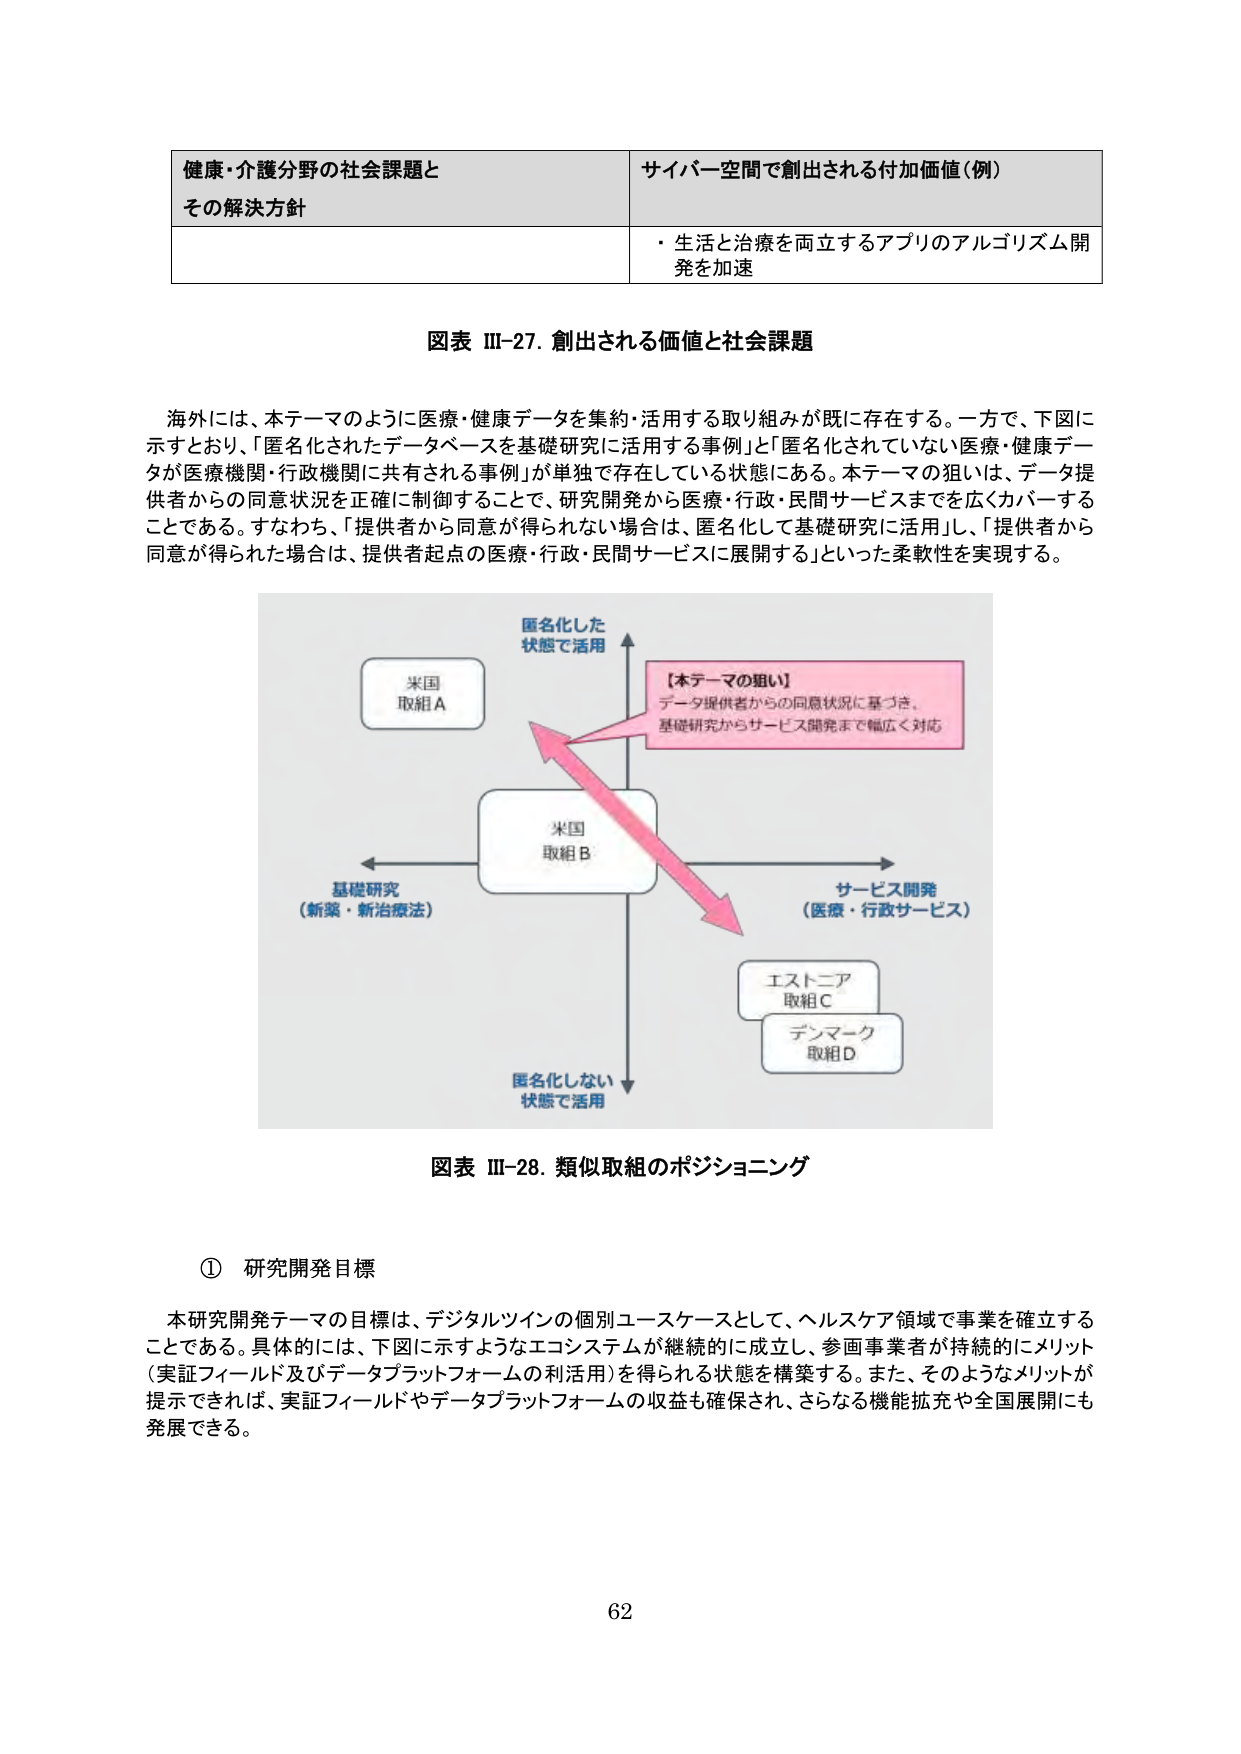
健康・介護分野の社会課題と
その解決方針

サイバー空間で創出される付加価値（例）
・生活と治療を両立するアプリのアルゴリズム開発を加速

図表 III-27. 創出される価値と社会課題

海外には、本テーマのように医療・健康データを集約・活用する取り組みが既に存在する。一方で、下図に示すとおり、「匿名化されたデータベースを基礎研究に活用する事例」と「匿名化されていない医療・健康データが医療機関・行政機関に共有される事例」が単独で存在している状態にある。本テーマの狙いは、データ提供者からの同意状況を正確に制御することで、研究開発から医療・行政・民間サービスまでを広くカバーすることである。すなわち、「提供者から同意が得られない場合は、匿名化して基礎研究に活用」し、「提供者から同意が得られた場合は、提供者起点の医療・行政・民間サービスに展開する」といった柔軟性を実現する。

匿名化した
状態で活用

【本テーマの狙い】
データ提供者からの同意状況に基づき、
基礎研究からサービス開発まで幅広く対応

米国
取組A

米国
取組B

基礎研究
（新薬・新治療法）

サービス開発
（医療・行政サービス）

匿名化しない
状態で活用

エストニア
取組C

デンマーク
取組D

図表 III-28. 類似取組のポジショニング

① 研究開発目標

本研究開発テーマの目標は、デジタルツインの個別ユースケースとして、ヘルスケア領域で事業を確立することである。具体的には、下図に示すようなエコシステムが継続的に成立し、参画事業者が持続的にメリット（実証フィールド及びデータプラットフォームの利活用）を得られる状態を構築する。また、そのようなメリットが提示できれば、実証フィールドやデータプラットフォームの収益も確保され、さらなる機能拡充や全国展開にも発展できる。

62